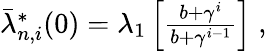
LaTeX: \begin{array}{r}{\bar{\lambda}_{n,i}^{*}(0)=\lambda_{1}\left[\frac{b+\gamma^{i}}{b+\gamma^{i-1}}\right]\; ,}\end{array}